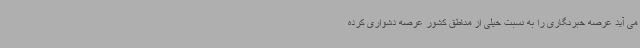
می آید عرصه خبرنگاری را به نسبت خیلی از مناطق کشور عرصه دشواری کرده